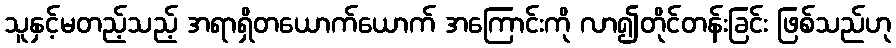
သူနှင့်မတည့်သည့် အရာရှိတယောက်ယောက် အကြောင်းကို လာ၍တိုင်တန်းခြင်း ဖြစ်သည်ဟု